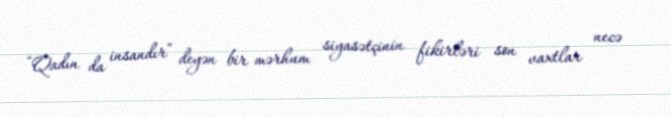
“Qadın da insandır” deyən bir mərhum siyasətçinin fikirləri son vaxtlar necə